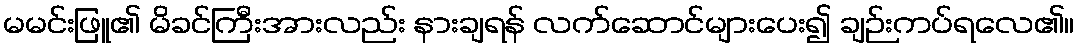
မမင်းဖြူ၏ မိခင်ကြီးအားလည်း နားချရန် လက်ဆောင်များပေး၍ ချဉ်းကပ်ရလေ၏။